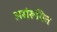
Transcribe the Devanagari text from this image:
असंरूपित